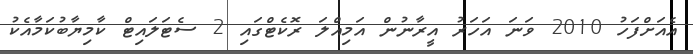
އެއަށްފަހު 2010 ވަނަ އަހަރު އީރާނުން އަމިއްލަ ރޮކެޓްގައި 2 ސެޓަލައިޓް ކާމިޔާބުކަމާއެކު